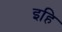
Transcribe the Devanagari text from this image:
इहि